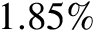
1 . 8 5 \%